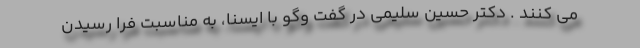
می کنند . دکتر حسین سلیمی در گفت وگو با ایسنا، به مناسبت فرا رسیدن